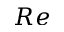
R e